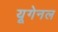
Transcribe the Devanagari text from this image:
यूगेनल